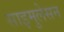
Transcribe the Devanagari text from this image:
साइमुलेसन